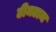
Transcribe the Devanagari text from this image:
टीमटाम